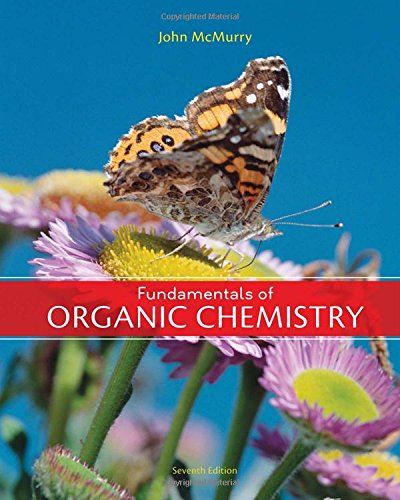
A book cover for Fundamentals of Organic Chemistry, 7th Edition; John E. McMurry; Science & Math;